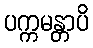
ပက္ကမန္တာပိ